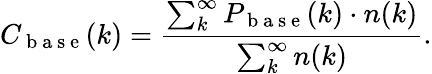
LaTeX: C_{\mathrm{~b~a~s~e~}}(k)=\frac{\sum_{k}^{\infty}P_{\mathrm{~b~a~s~e~}}(k)\cdot n(k)}{\sum_{k}^{\infty}n(k)}.